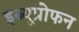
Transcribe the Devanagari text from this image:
इब्यूप्रोफन